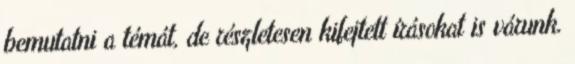
bemutatni a témát, de részletesen kifejtett írásokat is várunk.